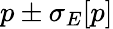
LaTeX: p\pm\sigma_{E}[p]